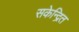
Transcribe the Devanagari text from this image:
सकेन्द्रित